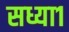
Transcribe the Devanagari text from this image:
सध्या१